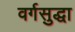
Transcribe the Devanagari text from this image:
वर्गसुद्धा